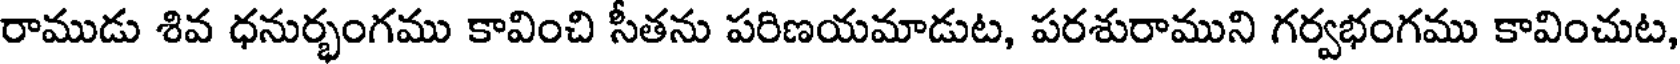
రాముడు శివ ధనుర్భంగము కావించి సీతను పరిణయమాడుట, పరశురాముని గర్వభంగము కావించుట,